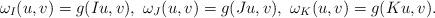
LaTeX: \begin{align*} \omega_I(u,v) = g(Iu,v), \ \omega_J(u,v) = g(Ju,v), \ \omega_K(u,v) = g(Ku,v). \ \end{align*}